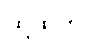
ထို့ထက်